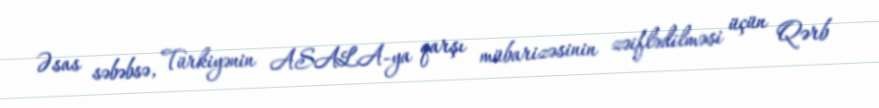
Əsas səbəbsə, Türkiyənin ASALA-ya qarşı mübarizəsinin zəiflədilməsi üçün Qərb